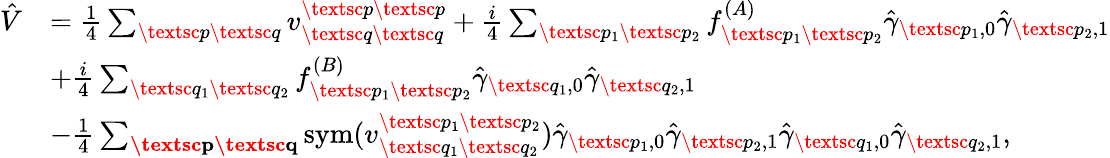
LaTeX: \begin{array}{rl}{\hat{V}}&{=\frac{1}{4}\sum_{\textsc{p}\textsc{q}}v_{\textsc{q}\textsc{q}}^{\textsc{p}\textsc{p}}+\frac{i}{4}\sum_{\substack{\textsc{p}_{1}\textsc{p}_{2}}}f_{\textsc{p}_{1}\textsc{p}_{2}}^{(A)}\hat{\gamma}_{\textsc{p}_{1},0}\hat{\gamma}_{\textsc{p}_{2},1}}\\ &{+\frac{i}{4}\sum_{\substack{\textsc{q}_{1}\textsc{q}_{2}}}f_{\textsc{p}_{1}\textsc{p}_{2}}^{(B)}\hat{\gamma}_{\textsc{q}_{1},0}\hat{\gamma}_{\textsc{q}_{2},1}}\\ &{-\frac{1}{4}\sum_{\substack{\textbf{\textsc{p}}\textbf{\textsc{q}}}}\mathrm{sym}(v_{\textsc{q}_{1}\textsc{q}_{2}}^{\textsc{p}_{1}\textsc{p}_{2}})\hat{\gamma}_{\textsc{p}_{1},0}\hat{\gamma}_{\textsc{p}_{2},1}\hat{\gamma}_{\textsc{q}_{1},0}\hat{\gamma}_{\textsc{q}_{2},1},}\end{array}